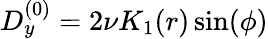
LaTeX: D_{y}^{(0)}=2\nu K_{1}(r)\sin(\phi)